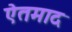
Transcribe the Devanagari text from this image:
ऐतमाद